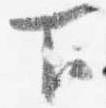
下